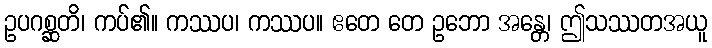
ဥပဂစ္ဆတိ၊ ကပ်၏။ ကဿပ၊ ကဿပ။ ဧတေ တေ ဥဘော အန္တေ၊ ဤသဿတအယူ